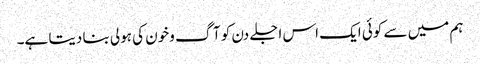
ہم میں سے کوئی ایک اس اجلے دن کو آگ وخون کی ہولی بنا دیتا ہے۔